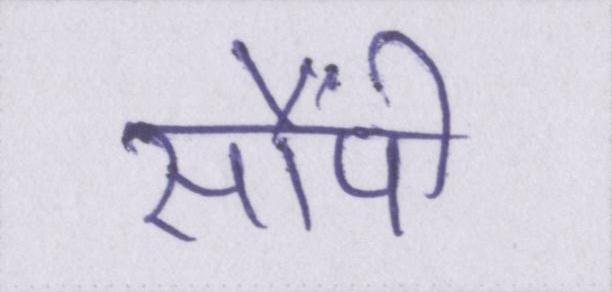
सौंपी